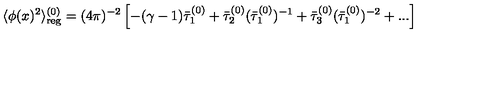
\langle \phi ( x ) ^ { 2 } \rangle _ { \mathrm { r e g } } ^ { ( 0 ) } = ( 4 \pi ) ^ { - 2 } \left[ - ( \gamma - 1 ) \bar { \tau } _ { 1 } ^ { ( 0 ) } + \bar { \tau } _ { 2 } ^ { ( 0 ) } ( \bar { \tau } _ { 1 } ^ { ( 0 ) } ) ^ { - 1 } + \bar { \tau } _ { 3 } ^ { ( 0 ) } ( \bar { \tau } _ { 1 } ^ { ( 0 ) } ) ^ { - 2 } + . . . \right]